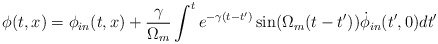
\begin{align*}\phi(t,x)=\phi_{in}(t,x)+{\gamma\over \Omega_m} \int^t e^{-\gamma(t-t')}\sin(\Omega_m(t-t'))\dot\phi_{in}(t',0) dt'\end{align*}